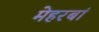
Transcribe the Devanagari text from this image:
मेहरबां